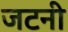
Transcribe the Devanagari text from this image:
जटनी